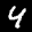
Label: 4